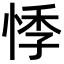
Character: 悸